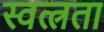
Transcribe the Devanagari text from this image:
स्वत्त्रता